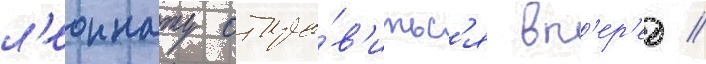
л'еоннату отпра́в'итьс'я вп'ер'ед /